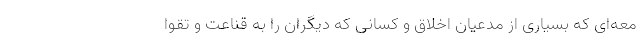
معه‌ای که بسیاری از مدعیان اخلاق و کسانی که دیگران را به قناعت و تقوا